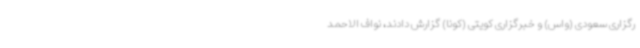
رگزاری سعودی (واس) و خبرگزاری کویتی (کونا) گزارش دادند، نواف الاحمد